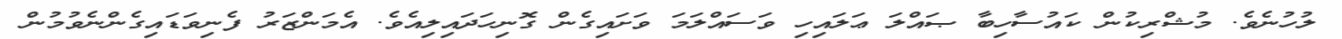
ލުހުނެވެ. މުޝްރިކުން ކައުސާހިބާ ޞައްލަ ޢަލައިހި ވަސައްލަމަ ވަށައިގެން ގޮނިހަދައިލިއެވެ. އެމަންޒަރު ފެނިވަޑައިގެންނެވުމުން